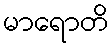
မာရောတိ